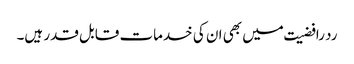
رد رافضیت میں بھی ان کی خدمات قابل قدر ہیں۔